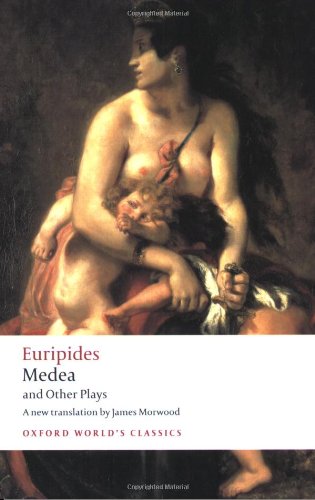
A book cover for Medea and Other Plays (Oxford World's Classics); Euripides; Literature & Fiction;